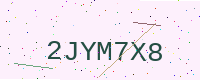
Text: 2JYM7X8